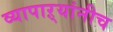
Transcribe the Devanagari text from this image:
व्यापाऱ्यांनीच